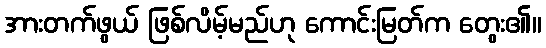
အားတက်ဖွယ် ဖြစ်လိမ့်မည်ဟု ကောင်းမြတ်က တွေး၏။